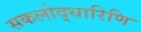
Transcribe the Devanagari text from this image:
सकलोद्धारिणि